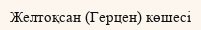
Желтоқсан (Герцен) көшесі